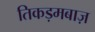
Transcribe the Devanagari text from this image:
तिकड़मबाज़